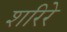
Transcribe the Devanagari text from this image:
शरिरे